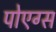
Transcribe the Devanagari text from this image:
पोएग्स